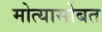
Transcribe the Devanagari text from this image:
मोत्यासोबत